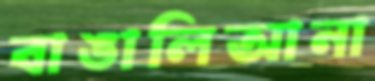
বাঙালিআনা